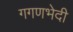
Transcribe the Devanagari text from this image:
गगणभेदी